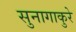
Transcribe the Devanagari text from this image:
सुनागाकुरे